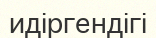
идіргендігі